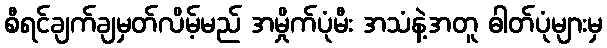
စီရင်ချက်ချမှတ်လိမ့်မည် အမှိုက်ပုံမီး အသံနဲ့အတူ ဓါတ်ပုံများမှ